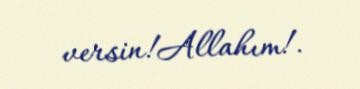
versin!Allahım!.